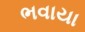
ભવાયા